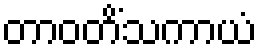
တာဝတိံသကာယံ